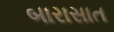
બારાસાત